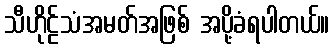
သီဟိုဠ်သံအမတ်အဖြစ် အပို့ခံရပါတယ်။